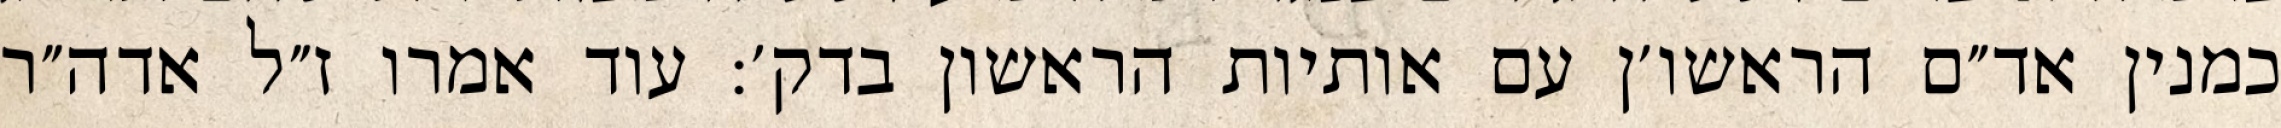
כמנין אד״ם הראשו׳ן עם אותיות הראשון בדק׳: עוד אמרו ז״ל אדה״ר